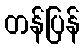
တန်ပြန်